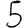
Digit: 5